Source: Handwritten
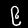
Digit: ၉ (9)